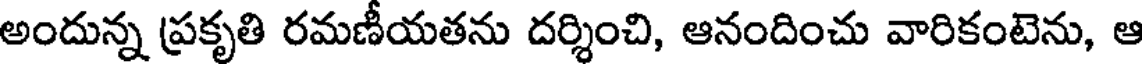
అందున్న ప్రకృతి రమణీయతను దర్శించి, ఆనందించు వారికంటెను, ఆ